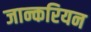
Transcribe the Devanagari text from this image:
जान्करियन